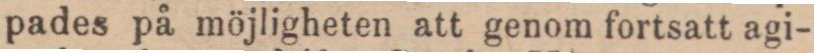
pades på möjligheten att genom fortsatt agi-